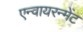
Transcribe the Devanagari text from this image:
एन्वायरन्मेंट